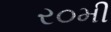
ર૦મી